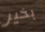
بخير